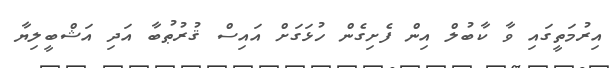
އިރުމަތީގައި ވާ ކާބުލް އިން ފެށިގެން ހުޅަގަށް އައިސް ޤުރުޠުބާ އަދި އަޝްބީލިޔާ